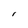
Character: I